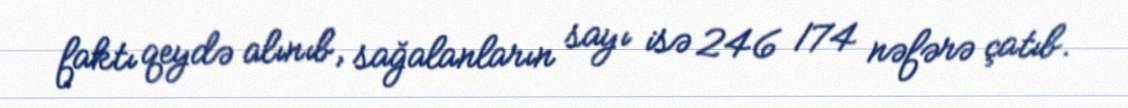
faktı qeydə alınıb, sağalanların sayı isə 246 174 nəfərə çatıb.